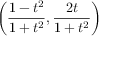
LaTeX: \left( { \frac { 1 - t ^ { 2 } } { 1 + t ^ { 2 } } } , { \frac { 2 t } { 1 + t ^ { 2 } } } \right)